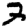
Digit: 3